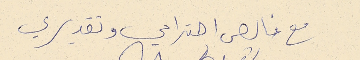
مع خالص احترامي وتقديري